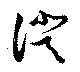
證